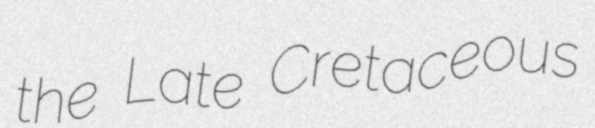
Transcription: the Late Cretaceous